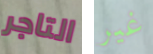
التاجر غير